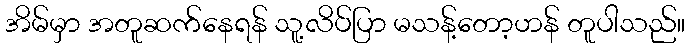
အိမ်မှာ အတူဆက်နေရန် သူ့လိပ်ပြာ မသန့်တော့ဟန် တူပါသည်။